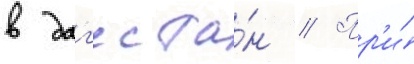
в даг'еста́н // Пр'и́